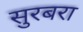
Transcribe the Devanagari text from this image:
सुरबरा